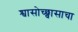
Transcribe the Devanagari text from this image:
श्वासोच्छ्वासाचा